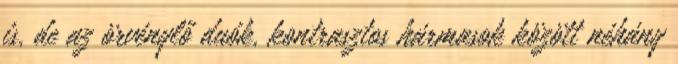
is, de az örvénylő duók, kontrasztos hármasok között néhány